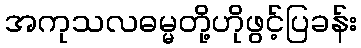
အကုသလဓမ္မတို့ဟိုဖွင့်ပြခန်း